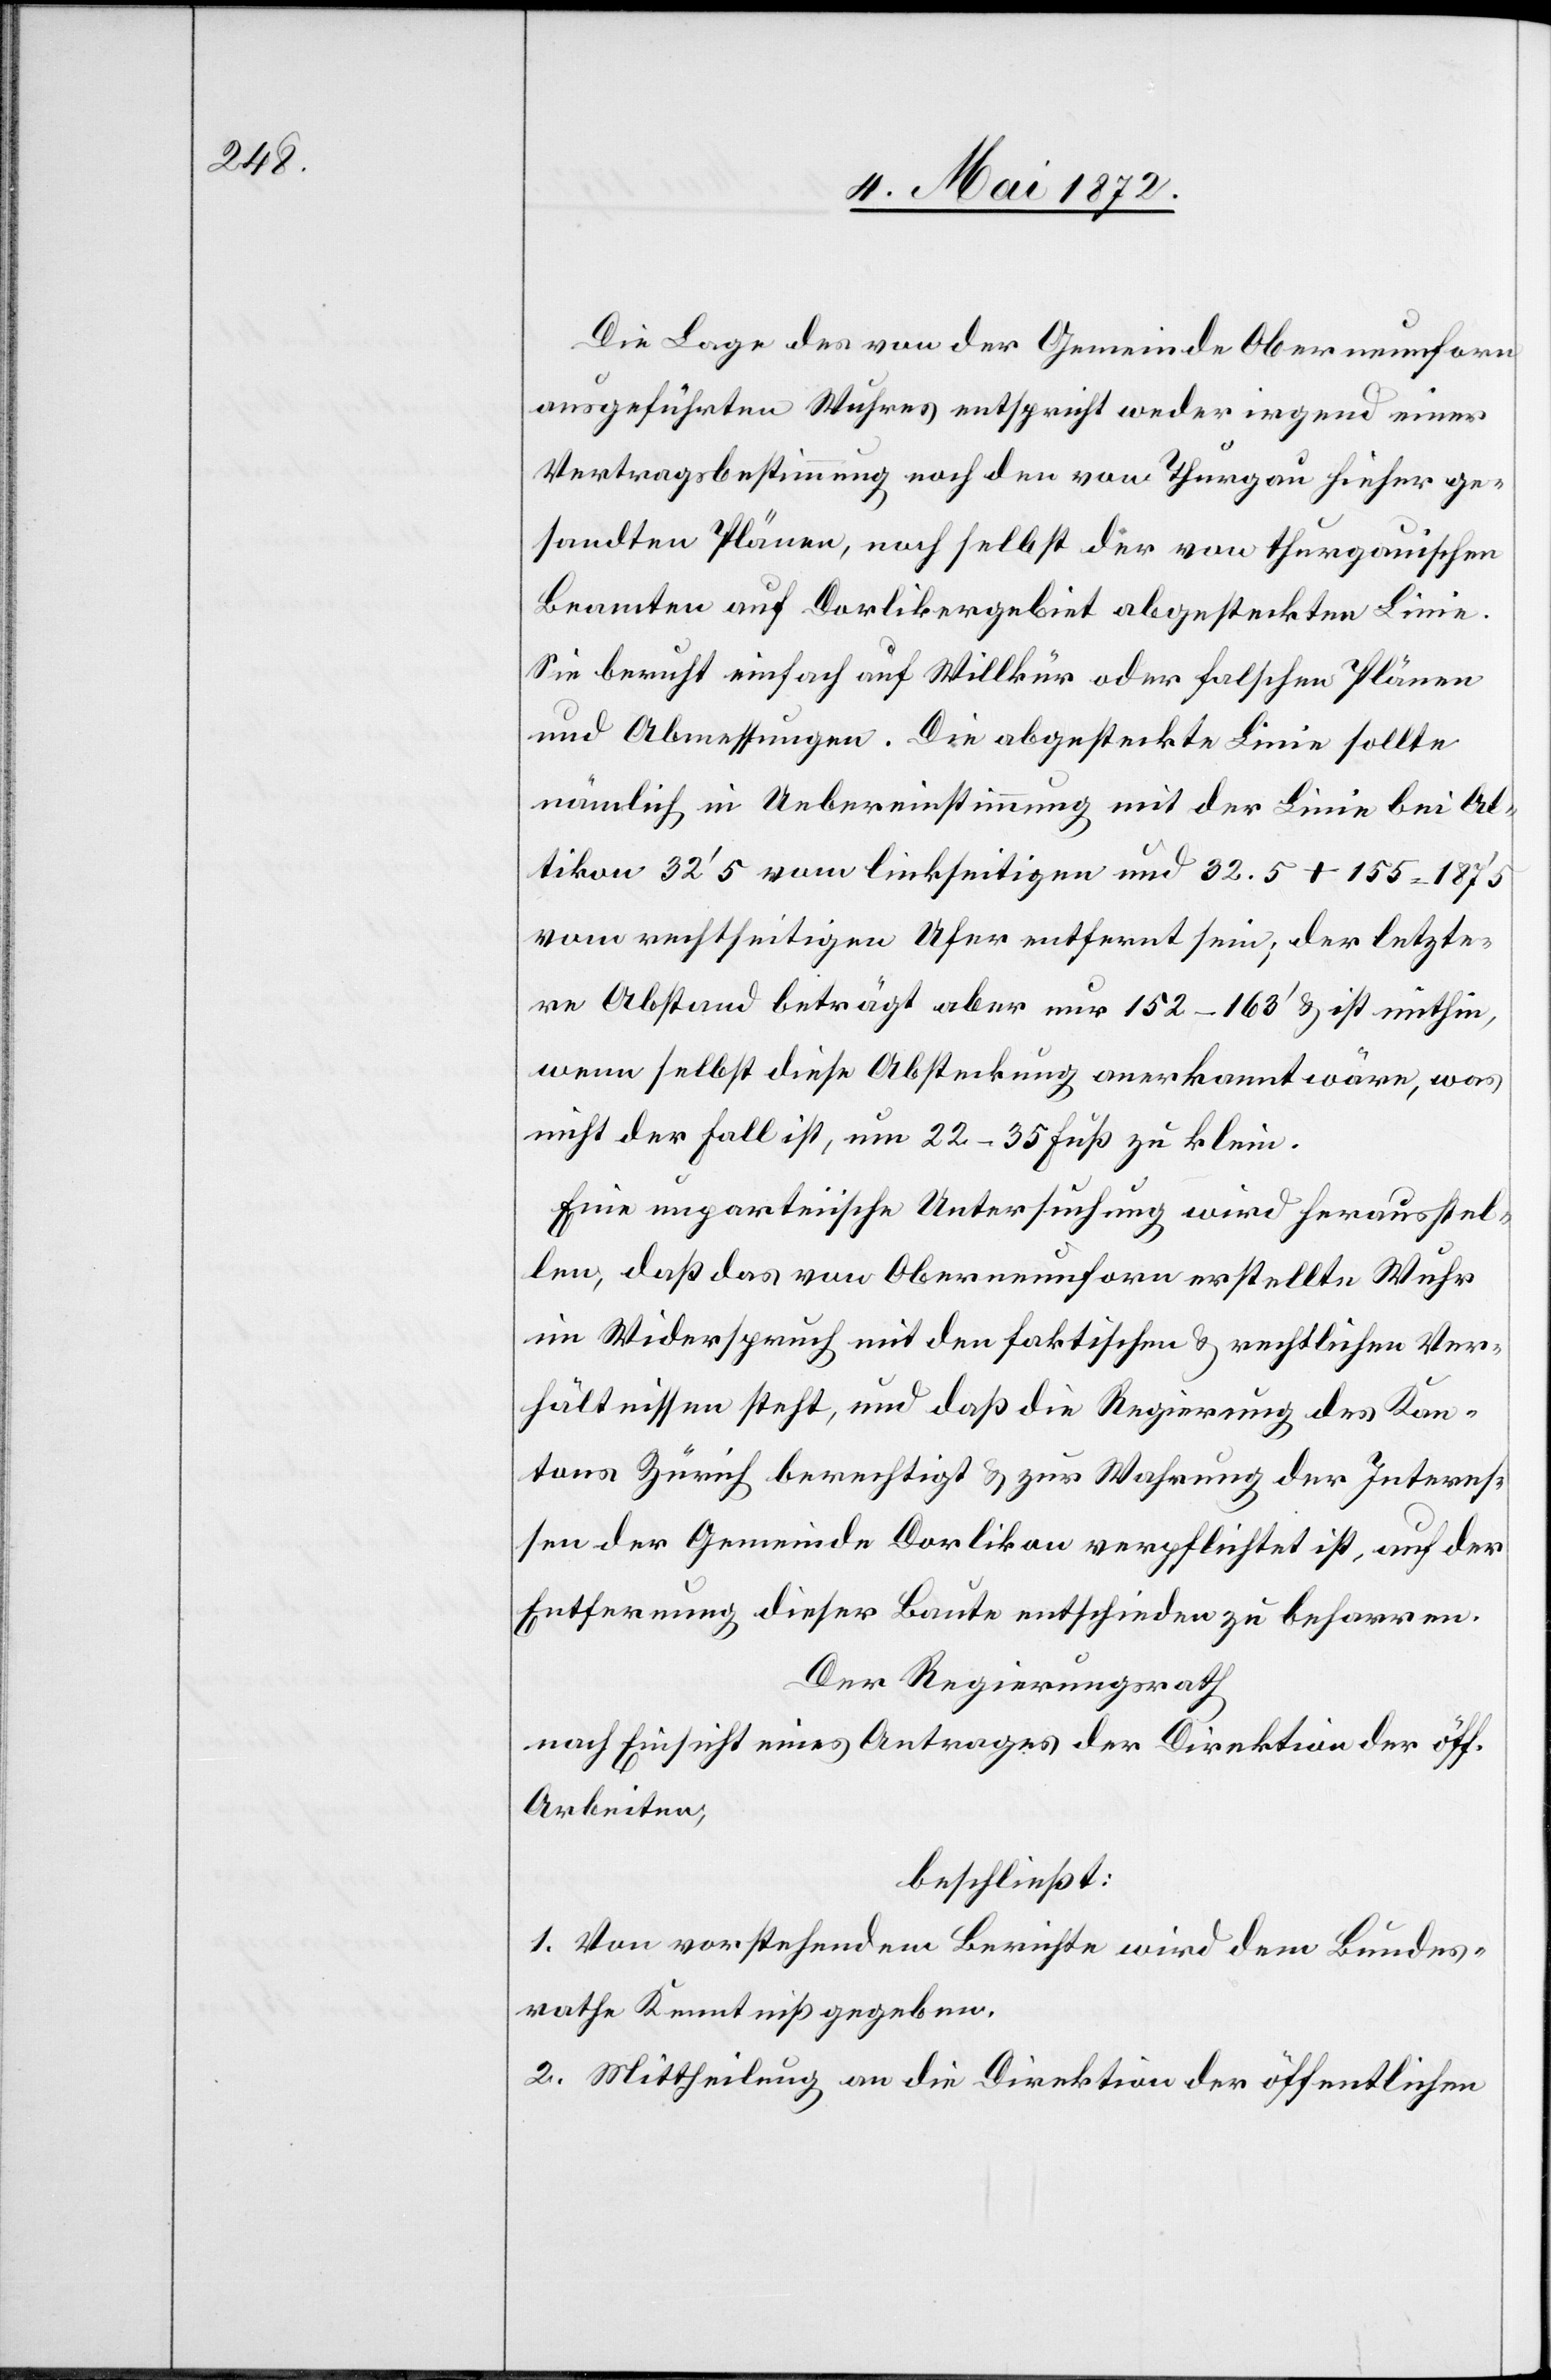
Die Lage des von der Gemeinde Oberneunforn
ausgeführten Wuhres entspricht weder irgend einer
Vertragsbestimmung noch den von Thurgau hieher ge¬
sandten Plänen, noch selbst der von thurgauischen
Beamten auf Dorlikergebiet abgesteckten Linie.
Sie beruht einfach auf Willkür oder falschen Plänen
und Abmessungen. Die abgesteckte Linie sollte
nämlich in Uebereinstimmung mit der Linie bei Al¬
tikon 32’ 5 vom linkseitigen und 32.5 + 155 = 187’ 5
vom rechtseitigen Ufer entfernt sein; der letzte¬
re Abstand beträgt aber nur 152–163’ u. ist mithin,
wenn selbst diese Absteckung anerkannt wäre, was
nicht der Fall ist, um 22–35 Fuß zu klein.
Eine unparteiische Untersuchung wird herausstel¬
len, daß das von Oberneunforn erstellte Wuhr
im Widerspruch mit den faktischen u. rechtlichen Ver¬
hältnissen steht, und daß die Regierung des Kan¬
tons Zürich berechtigt u. zur Wahrung der Interes¬
sen der Gemeinde Dorlikon verpflichtet ist, auf der
Entfernung dieser Baute entschieden zu beharren.
Der Regierungsrath[,]
nach Einsicht eines Antrages der Direktion der öff.
Arbeiten,
beschließt:
1. Von vorstehendem Berichte wird dem Bundes¬
rathe Kenntniß gegeben.
2. Mittheilung an die Direktion der öffentlichen